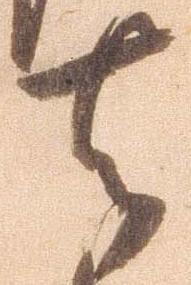
去